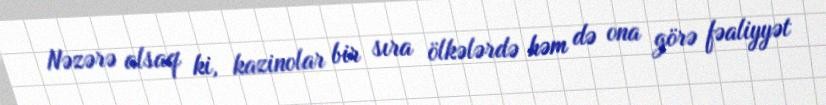
Nəzərə alsaq ki, kazinolar bir sıra ölkələrdə həm də ona görə fəaliyyət